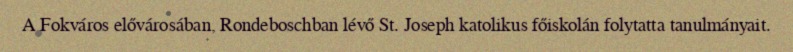
A Fokváros elővárosában, Rondeboschban lévő St. Joseph katolikus főiskolán folytatta tanulmányait.